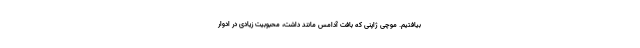
بیافتیم. موچی ژاپنی که بافت آدامس مانند داشت، محبوبیت زیادی در ادوار